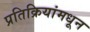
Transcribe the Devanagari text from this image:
प्रतिक्रियांमधून